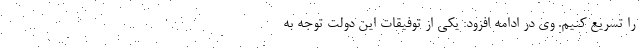
را تسریع کنیم. وی در ادامه افزود: یکی از توفیقات این دولت توجه به